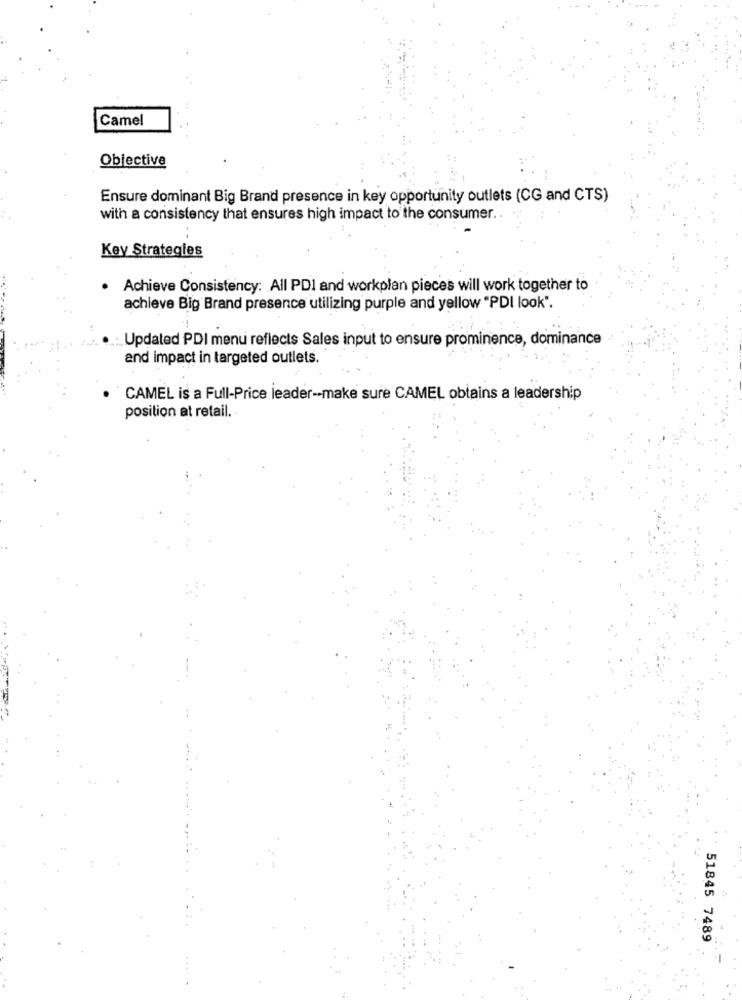
Camel
Objective
Ensure dominant Big Brand presence in key opportunity outlets (CG and CTS)
with a consistency that ensures high impact to the consumer ..
Key Strategies
Achieve Consistency: All PDI and workplan pieces will work together to
achieve Big Brand presence utilizing purple and yellow "PDI look".
Updated PDI menu reflects Sales input to ensure prominence, dominance
and impact in targeted outlets.
CAMEL is a Full-Price leader -- make sure CAMEL obtains a leadership
position at retail. .
51845 7489